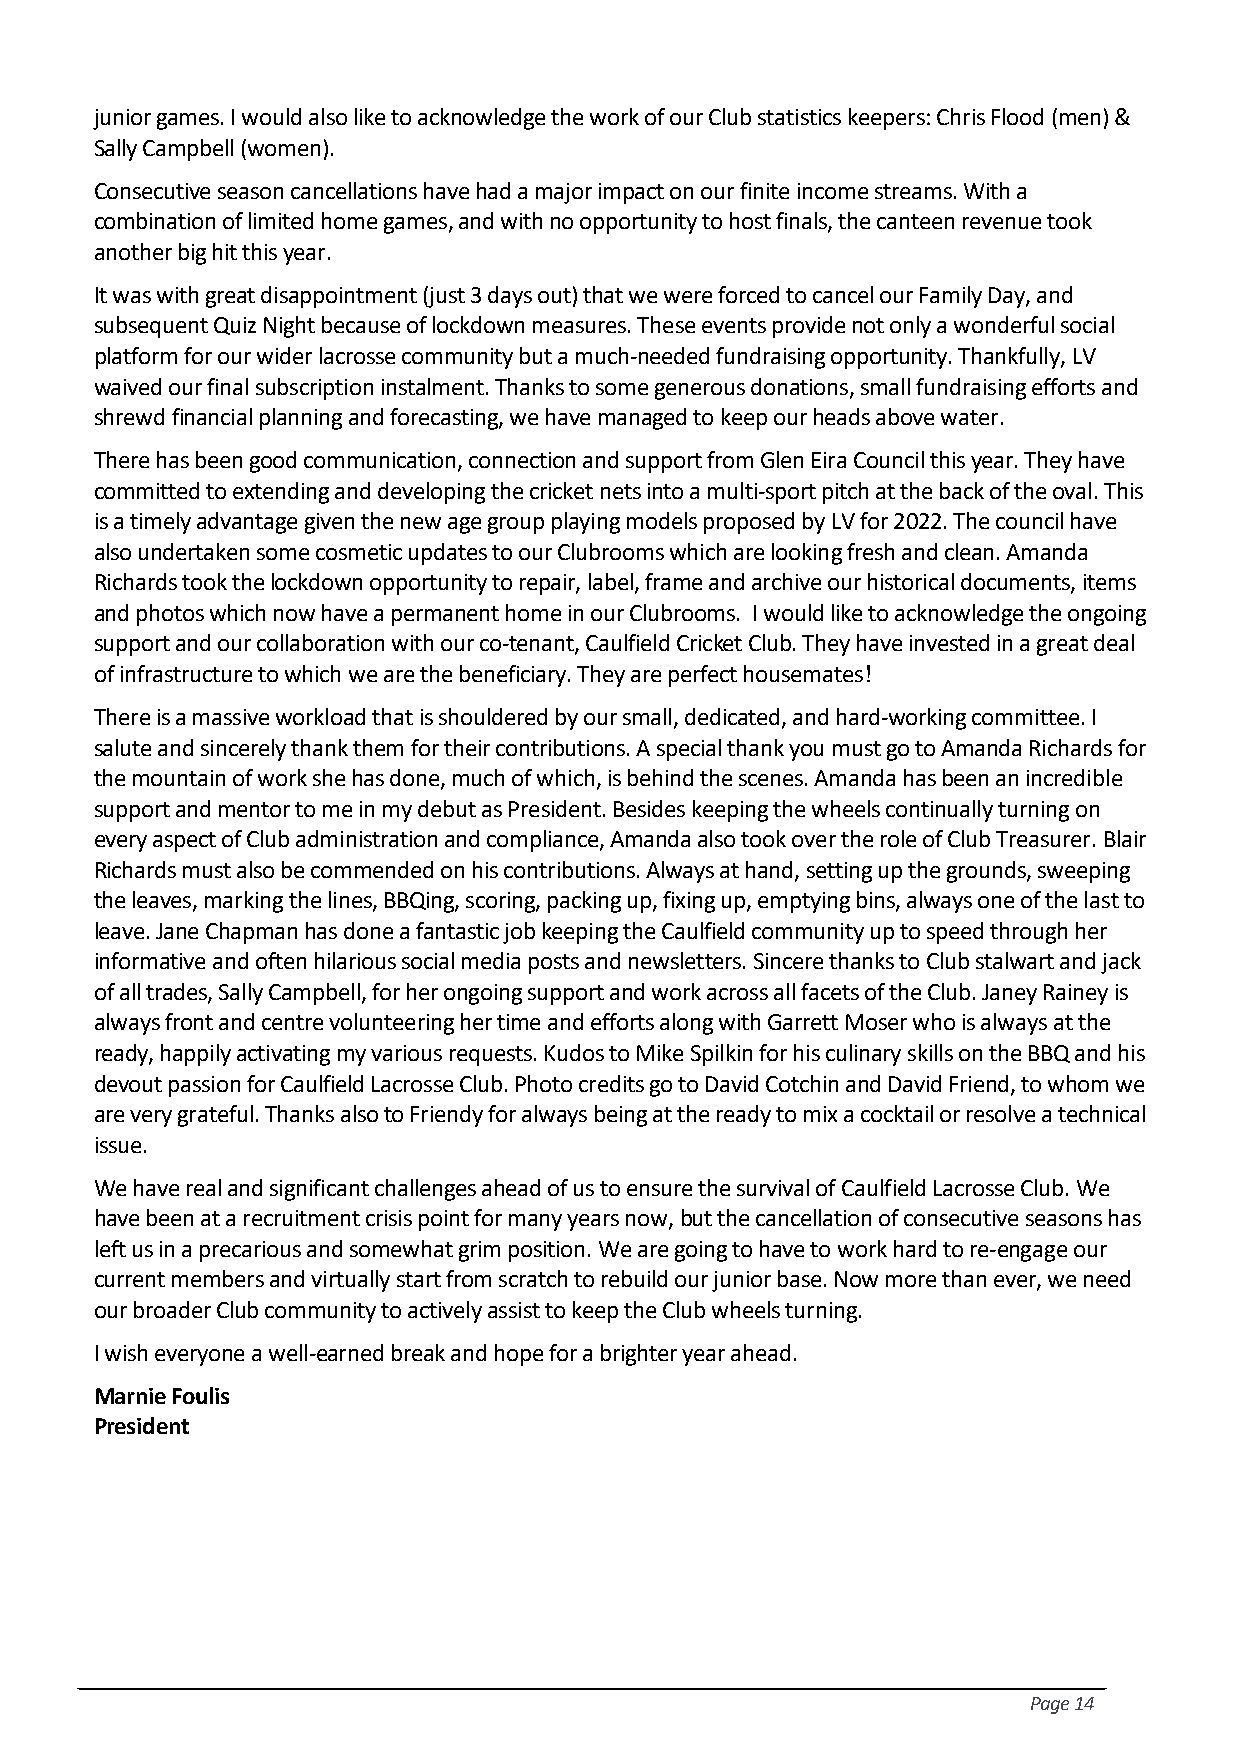
junior games. I would also like to acknowledge the work of our Club statistics keepers: Chris Flood (men) &
 Sally Campbell (women).
 Consecutive season cancellations have had a major impact on our finite income streams. With a
 combination of limited home games, and with no opportunity to host finals, the canteen revenue took
 another big hit this year.
 It was with great disappointment (just 3 days out) that we were forced to cancel our Family Day, and
 subsequent Quiz Night because of lockdown measures. These events provide not only a wonderful social
 platform for our wider lacrosse community but a much-needed fundraising opportunity. Thankfully, LV
 waived our final subscription instalment. Thanks to some generous donations, small fundraising efforts and
 shrewd financial planning and forecasting, we have managed to keep our heads above water.
 There has been good communication, connection and support from Glen Eira Council this year. They have
 committed to extending and developing the cricket nets into a multi-sport pitch at the back of the oval. This
 is a timely advantage given the new age group playing models proposed by LV for 2022. The council have
 also undertaken some cosmetic updates to our Clubrooms which are looking fresh and clean. Amanda
 Richards took the lockdown opportunity to repair, label, frame and archive our historical documents, items
 and photos which now have a permanent home in our Clubrooms. I would like to acknowledge the ongoing
 support and our collaboration with our co-tenant, Caulfield Cricket Club. They have invested in a great deal
 of infrastructure to which we are the beneficiary. They are perfect housemates!
 There is a massive workload that is shouldered by our small, dedicated, and hard-working committee. I
 salute and sincerely thank them for their contributions. A special thank you must go to Amanda Richards for
 the mountain of work she has done, much of which, is behind the scenes. Amanda has been an incredible
 support and mentor to me in my debut as President. Besides keeping the wheels continually turning on
 every aspect of Club administration and compliance, Amanda also took over the role of Club Treasurer. Blair
 Richards must also be commended on his contributions. Always at hand, setting up the grounds, sweeping
 the leaves, marking the lines, BBQing, scoring, packing up, fixing up, emptying bins, always one of the last to
 leave. Jane Chapman has done a fantastic job keeping the Caulfield community up to speed through her
 informative and often hilarious social media posts and newsletters. Sincere thanks to Club stalwart and jack
 of all trades, Sally Campbell, for her ongoing support and work across all facets of the Club. Janey Rainey is
 always front and centre volunteering her time and efforts along with Garrett Moser who is always at the
 ready, happily activating my various requests. Kudos to Mike Spilkin for his culinary skills on the BBQ and his
 devout passion for Caulfield Lacrosse Club. Photo credits go to David Cotchin and David Friend, to whom we
 are very grateful. Thanks also to Friendy for always being at the ready to mix a cocktail or resolve a technical
 issue.
 We have real and significant challenges ahead of us to ensure the survival of Caulfield Lacrosse Club. We
 have been at a recruitment crisis point for many years now, but the cancellation of consecutive seasons has
 left us in a precarious and somewhat grim position. We are going to have to work hard to re-engage our
 current members and virtually start from scratch to rebuild our junior base. Now more than ever, we need
 our broader Club community to actively assist to keep the Club wheels turning.
 I wish everyone a well-earned break and hope for a brighter year ahead.
 Marnie Foulis
 President
 Page 14